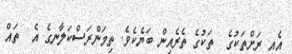
އެއީ ރަށްތަކުގެ  ތަކުގެ ތެރެއިން ބަޔެކެވެ. ތިމަންރަސްކަލާނގެ އެ  ތައް